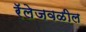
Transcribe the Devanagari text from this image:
रॅलेजवळील